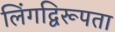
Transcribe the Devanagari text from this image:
लिंगद्विरूपता